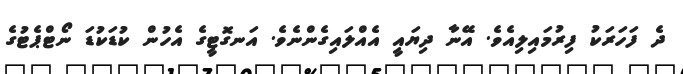
ދެ ފަހަރަކު ފިރުމައިލިއެވެ. އޭނާ ދިޔައީ އެއްލައިގެންނެވެ. އަނގޮޓީގެ އެހުން ކުޑަކުޑަ ނޯޓްޕެޓުގެ